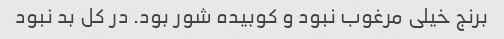
برنج خیلی مرغوب نبود و کوبیده شور بود. در کل بد نبود